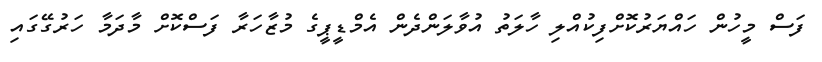
ފަސް މީހުން ހައްޔަރުކޮށްފިކުއްލި ހާލަތު އުވާލަންދެން އެމްޑީޕީގެ މުޒާހަރާ ފަސްކޮށް މާދަމާ ހަރުގޭގައި